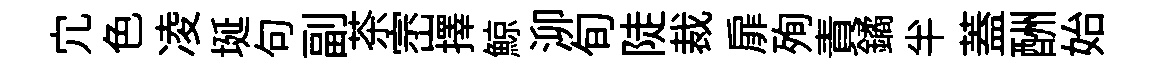
宂色凌埏句副茶崈擇鯨泖旬陡裁扉殉責鐍半蓋酬始